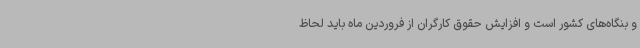
و بنگاه‌های کشور است و افزایش حقوق کارگران از فروردین ماه باید لحاظ